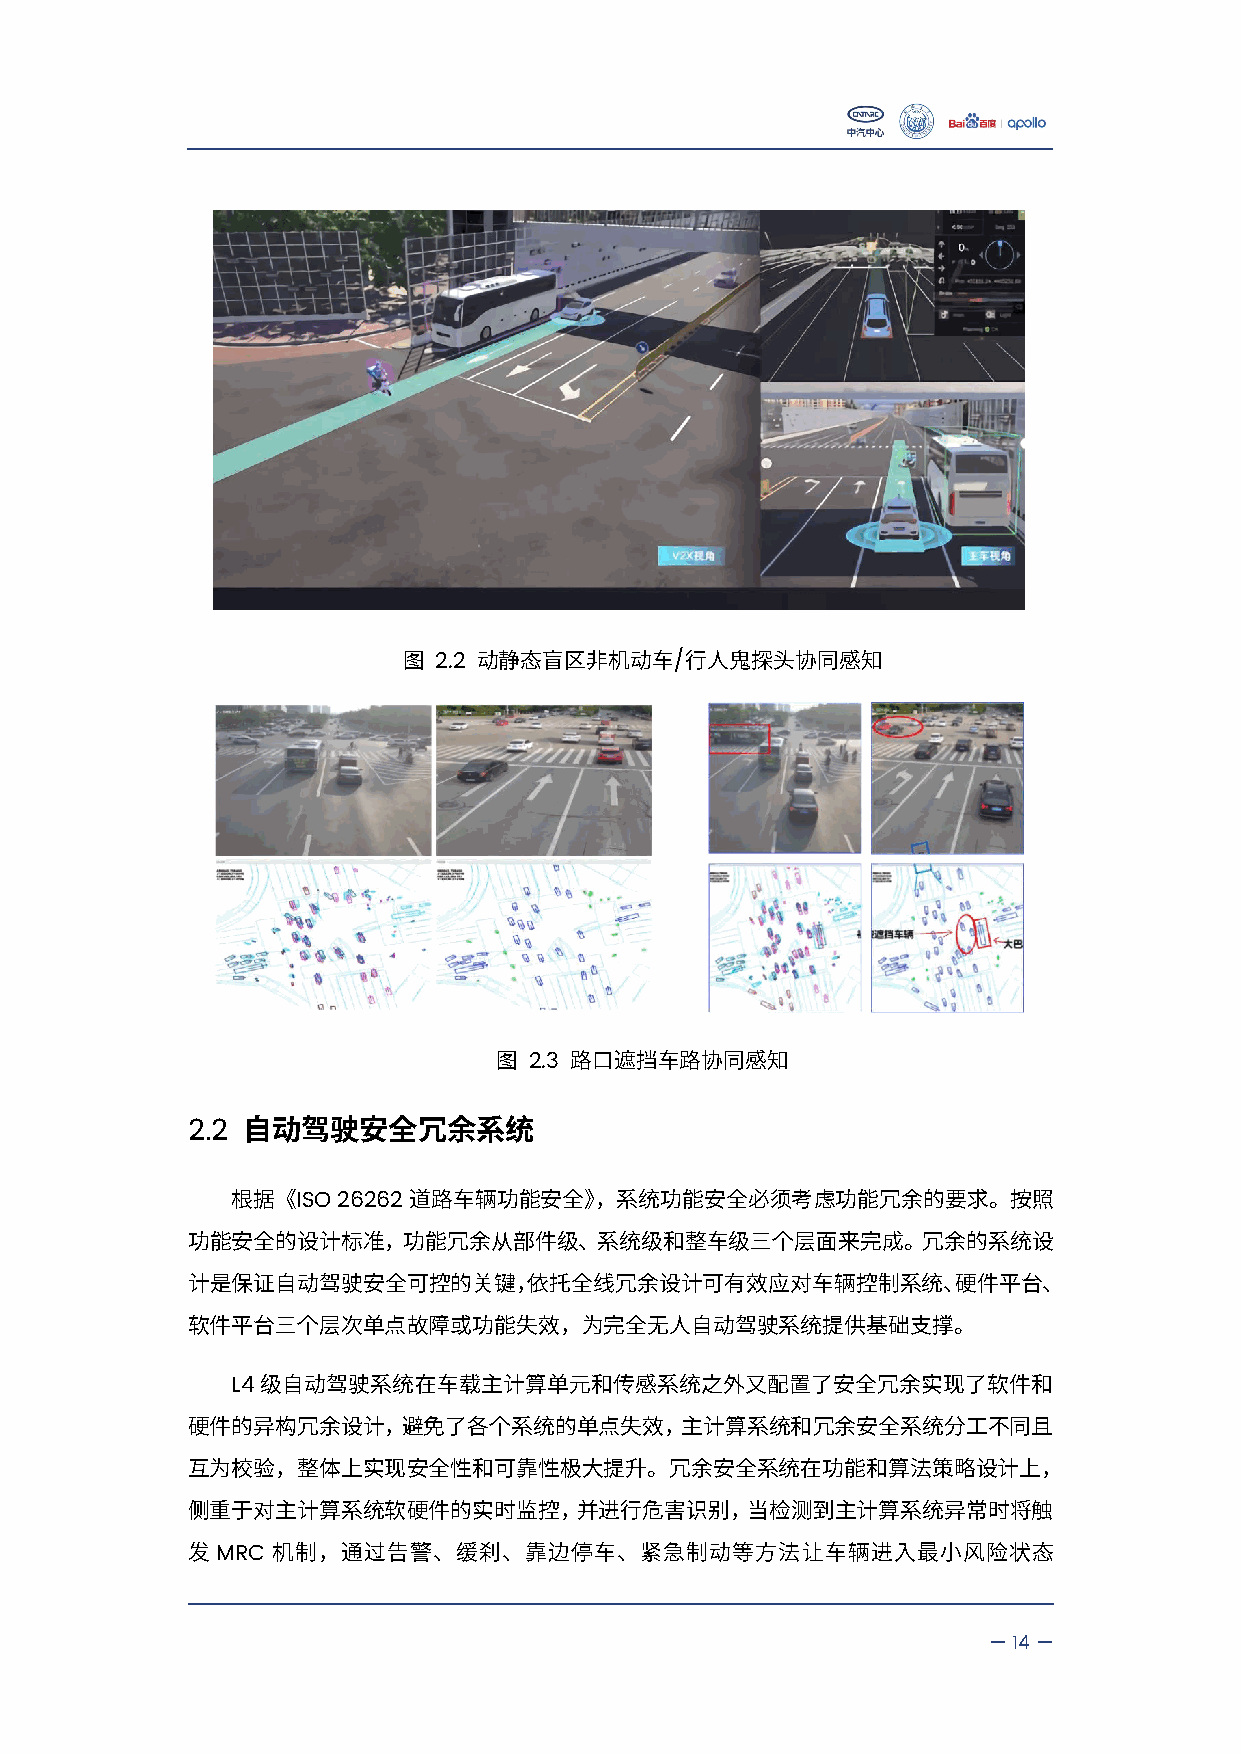
2.2             /
 图    动静态盲区非机动车    行人鬼探头协同感知
 2.3
 图    路口遮挡车路协同感知
 2.2
 自动驾驶安全冗余系统
 ISO26262
 根据《         道路车辆功能安全》，系统功能安全必须考虑功能冗余的要求。按照
 功能安全的设计标准，功能冗余从部件级、系统级和整车级三个层面来完成。冗余的系统设
 计是保证自动驾驶安全可控的关键，依托全线冗余设计可有效应对车辆控制系统、硬件平台、
 软件平台三个层次单点故障或功能失效，为完全无人自动驾驶系统提供基础支撑。
 L4
 级自动驾驶系统在车载主计算单元和传感系统之外又配置了安全冗余实现了软件和
 硬件的异构冗余设计，避免了各个系统的单点失效，主计算系统和冗余安全系统分工不同且
 互为校验，整体上实现安全性和可靠性极大提升。冗余安全系统在功能和算法策略设计上，
 侧重于对主计算系统软硬件的实时监控，并进行危害识别，当检测到主计算系统异常时将触
 MRC
 发     机制，通过告警、缓刹、靠边停车、紧急制动等方法让车辆进入最小风险状态
 —14—